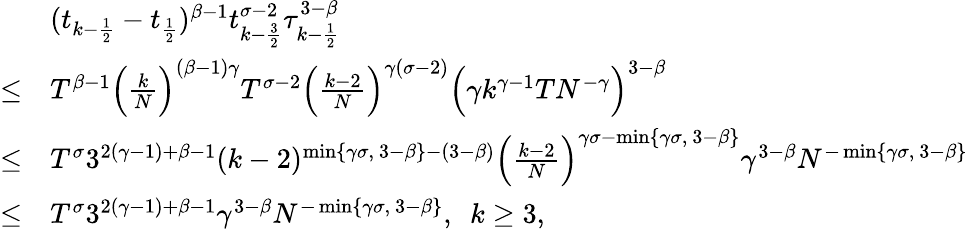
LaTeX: \begin{array}{rl}&{(t_{k-\frac{1}{2}}-t_{\frac{1}{2}})^{\beta-1}t_{k-\frac{3}{2}}^{\sigma-2}\tau_{k-\frac{1}{2}}^{3-\beta}}\\ {\le}&{T^{\beta-1}\Big(\frac{k}{N}\Big)^{(\beta-1)\gamma}T^{\sigma-2}\Big(\frac{k-2}{N}\Big)^{\gamma(\sigma-2)}\Big(\gamma k^{\gamma-1}TN^{-\gamma}\Big)^{3-\beta}}\\ {\le}&{T^{\sigma}3^{2(\gamma-1)+\beta-1}(k-2)^{\operatorname*{min}\{ \gamma\sigma,~3-\beta\} -(3-\beta)}\Big(\frac{k-2}{N}\Big)^{\gamma\sigma-\operatorname*{min}\{ \gamma\sigma,~3-\beta\} }\gamma^{3-\beta}N^{-\operatorname*{min}\{ \gamma\sigma,~3-\beta\} }}\\ {\le}&{T^{\sigma}3^{2(\gamma-1)+\beta-1}\gamma^{3-\beta}N^{-\operatorname*{min}\{ \gamma\sigma,~3-\beta\} },~~k\ge 3,}\end{array}